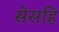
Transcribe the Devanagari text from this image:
सेसहि